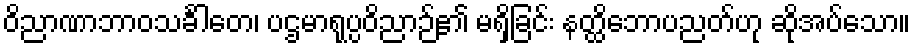
ဝိညာဏာဘာဝသင်္ခါတေ၊ ပဌမာရုပ္ပဝိညာဉ်၏ မရှိခြင်း နတ္ထိဘောပညတ်ဟု ဆိုအပ်သော။